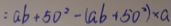
= a b + 5 0 ^ { 2 } - ( a b + 5 0 ^ { 2 } ) \times a